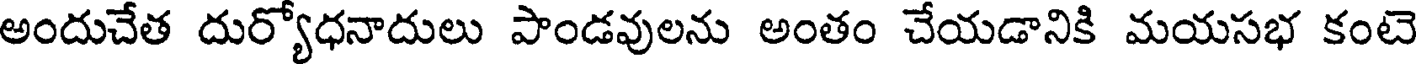
అందుచేత దుర్యోధనాదులు పాండవులను అంతం చేయడానికి మయసభ కంటె